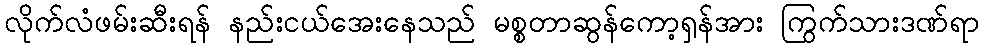
လိုက်လံဖမ်းဆီးရန် နည်းငယ်အေးနေသည် မစ္စတာဆွန်ကော့ရှန်အား ကြွက်သားဒဏ်ရာ